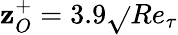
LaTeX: \mathbf{z}_{O}^{+}=3.9\sqrt{}{{Re_{\tau}}}